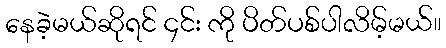
နေခဲ့မယ်ဆိုရင် ၄င်း ကို ပိတ်ပစ်ပါလိမ့်မယ်။